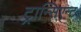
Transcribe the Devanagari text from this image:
ट्रान्सिएन्ट